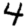
Digit: 4